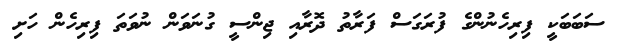
ސަބަބަކީ ފިރިހެނުންގެ ފުރަގަސް ފަރާތު ދޮރާއި ޖިންސީ ގުނަވަން ނުވަތަ ފިރިހެން ހަށި